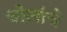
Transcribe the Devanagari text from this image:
चोलांचे